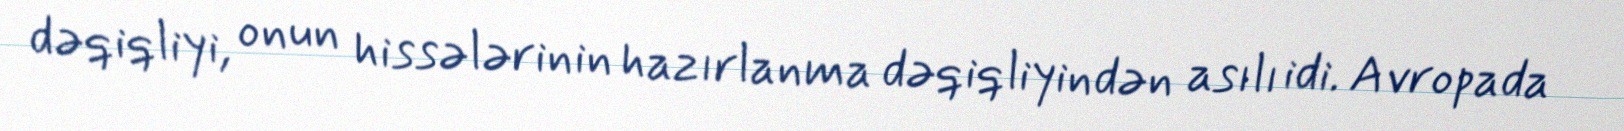
dəqiqliyi, onun hissələrinin hazırlanma dəqiqliyindən asılı idi. Avropada